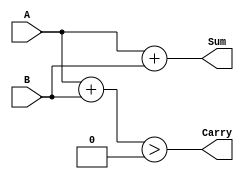
module Adder(
    input [N-1:0] A,
    input [N-1:0] B,
    output [N:0] Sum,
    output Carry
);

parameter N = 8; // N-bit adder

assign Sum = A + B;
assign Carry = (A + B) > ((N-1)'b0);

endmodule